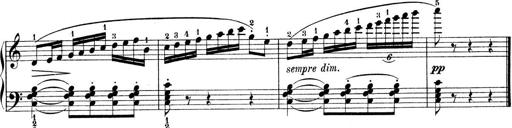
Title: 9 Sonatinen
Composer: Alexander Winterberger